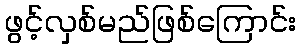
ဖွင့်လှစ်မည်ဖြစ်ကြောင်း